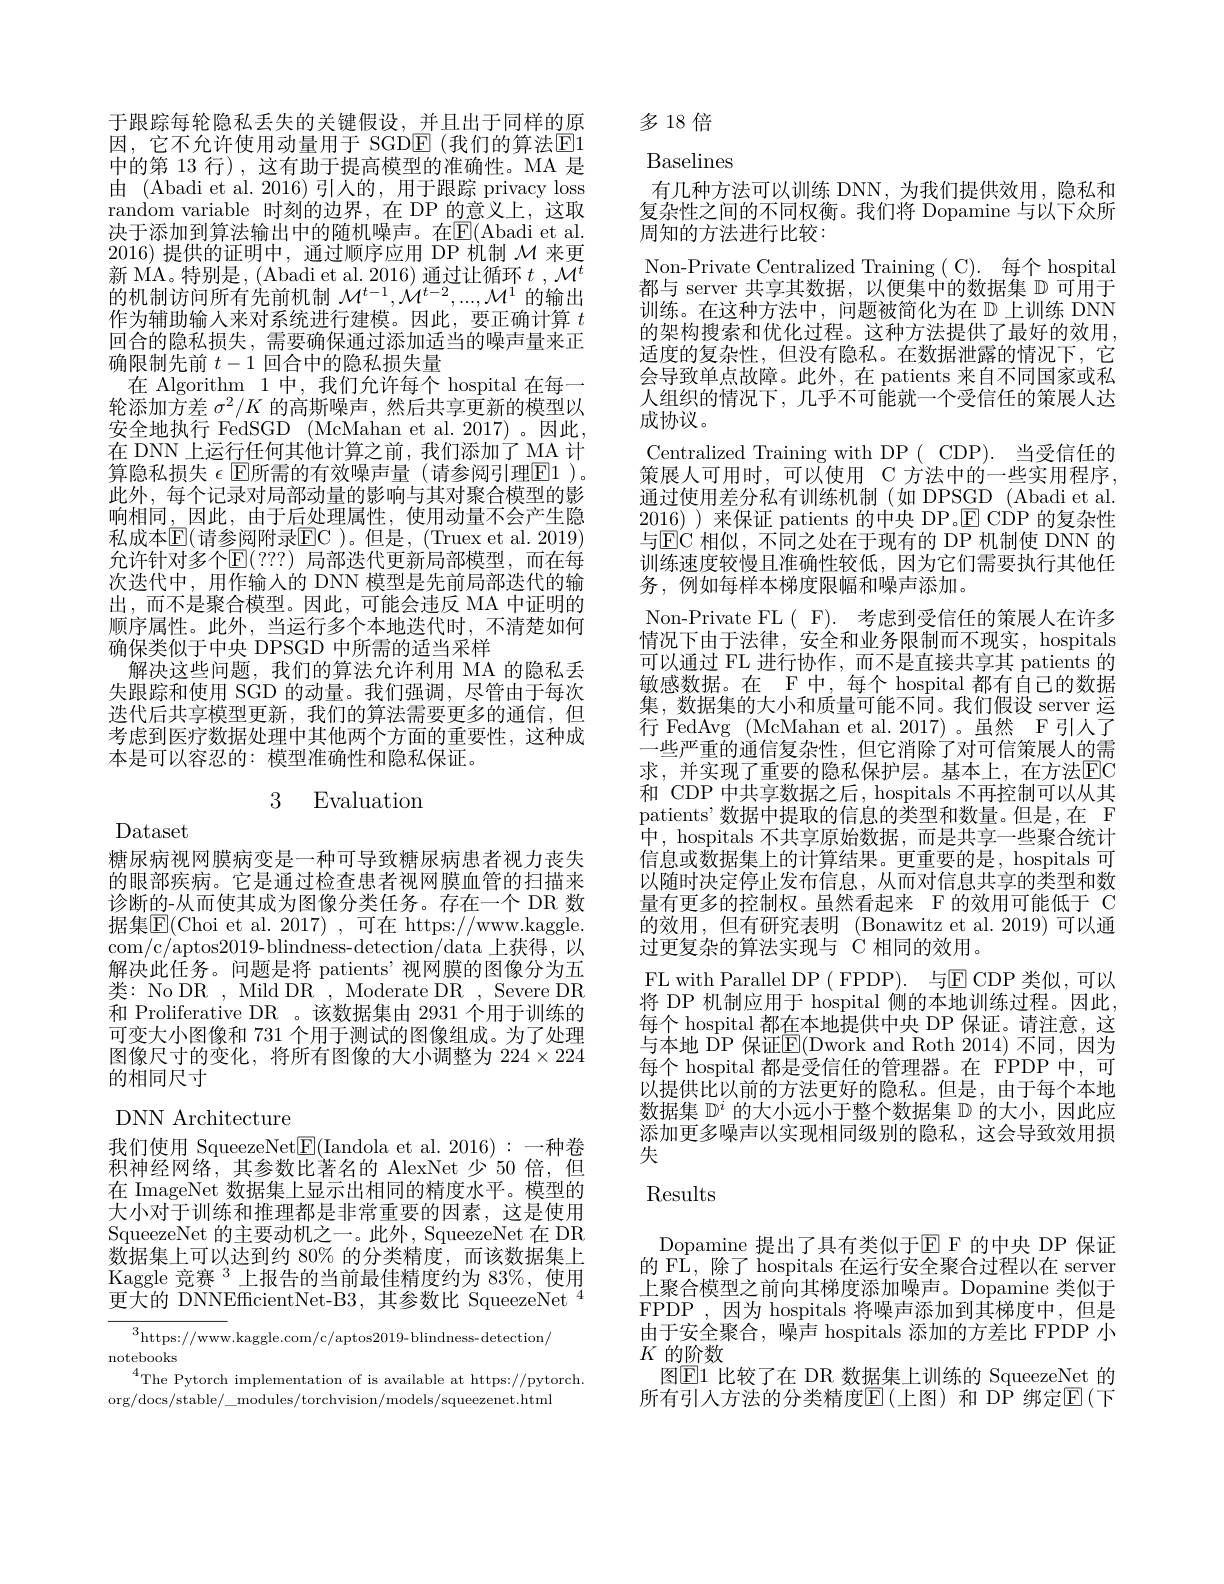
于跟踪每轮隐私丢失的关键假设，并且出于同样的原因，它不允许使用动量用于 SGDE(我们的算法$\boxed{\mathrm{E}}1$ 中的第 13 行),这有助于提高模型的准确性。MA 是由 (Abadi et al. 2016)引人的，用于跟踪 privacy loss random variable 时刻的边界，在 DP 的意义上，这取决于添加到算法输出中的随机噪声。在E(Abadi et al. 2016)提供的证明中，通过顺序应用 DP 机制$\mathcal{M}$来更新 MA。特别是，(Abadi et al. 2016) 通过让循环$t$ $, \mathcal{M} ^t$ 的机制访问所有先前机制$\mathcal{M}^t-1,\mathcal{M}^{t-2},...,\mathcal{M}^1$的输出作为辅助输人来对系统进行建模。因此，要正确计算$t$ 回合的隐私损失，需要确保通过添加适当的噪声量来正确限制先前$t-1$回合中的隐私损失量
在 Algorithm 1 中，我们允许每个 hospital 在每一$\bar{\text{轮添加方差 }\sigma^2/K\text{ 的高斯噪声 },\text{然后共享更新的模型以}}$ 安全地执行 FedSGD (McMahan et al. 2017)。因此， 在 DNN 上运行任何其他计算之前，我们添加了 MA 计算隐私损失 $\epsilon$ E所需的有效噪声量(请参阅引理$\boxed{\mathrm{E}}1).$ 此外，每个记录对局部动量的影响与其对聚合模型的影响相同，因此，由于后处理属性，使用动量不会产生隐私成本$\mathbb{E}($请参阅附录$\mathbb{E}$C )。但是，(Truex et al. 2019) 允许针对多个$\operatorname{E}(???)$ 局部迭代更新局部模型，而在每次迭代中，用作输入的 DNN 模型是先前局部迭代的输出，而不是聚合模型。因此，可能会违反 MA 中证明的顺序属性。此外，当运行多个本地迭代时，不清楚如何确保类似于中央 DPSGD 中所需的适当采样
解决这些问题，我们的算法允许利用 MA 的隐私丢失跟踪和使用 SGD 的动量。我们强调，尽管由于每次迭代后共享模型更新，我们的算法需要更多的通信，但考虑到医疗数据处理中其他两个方面的重要性，这种成本是可以容忍的：模型准确性和隐私保证。

# 3 Evaluation

Dataset

糖尿病视网膜病变是一种可导致糖尿病患者视力丧失的眼部疾病。它是通过检查患者视网膜血管的扫描来诊断的-从而使其成为图像分类任务。存在一个 DR 数据集$\overline{\mathrm{E}}($Choi et al. 2017),可在 https://www.kaggle. com/c/aptos2019-blindness-detection/data 上获得，以解决此任务。问题是将 patients’视网膜的图像分为五类：No DR , Mild DR , Moderate DR , Severe DR 和 Proliferative DR 。该数据集由 2931 个用于训练的可变大小图像和 731 个用于测试的图像组成。为了处理图像尺寸的变化，将所有图像的大小调整为$224\times224$ 的相同尺寸

DNN Architecture
我们使用 SqueezeNet$\boxed{\mathrm{E}}($Iandola et al.2016):一种卷积神经网络，其参数比著名的 AlexNet 少 50 倍，但在 ImageNet 数据集上显示出相同的精度水平。模型的大小对于训练和推理都是非常重要的因素，这是使用SqueezeNet 的主要动机之一。此外，SqueezeNet 在 DR 数据集上可以达到约 80% 的分类精度，而该数据集上Kaggle 竞赛 $^3$上报告的当前最佳精度约为 83%, 使用更大的 DNNEfficientNet-B3,其参数比 SqueezeNet $^{4}$

$^{3}$https://www.kaggle.com/c/aptos2019-blindness-detection/
notebooks
$^{4}$The Pytorch implementation of is available at https://pytorch.
org/docs/stable/\_modules/torchvision/models/squeezenet.html

多18倍

Baselines
有几种方法可以训练 DNN,为我们提供效用，隐私和复杂性之间的不同权衡。我们将 Dopamine 与以下众所周知的方法进行比较：
Non-Private Centralized Training ( C). 每个 hospital 都与 server 共享其数据，以便集中的数据集$\mathbb{D}$可用于训练。在这种方法中，问题被简化为在$\mathbb{D}$上训练 DNN 的架构搜索和优化过程。这种方法提供了最好的效用， 适度的复杂性，但没有隐私。在数据泄露的情况下，它会导致单点故障。此外，在 patients 来自不同国家或私人组织的情况下，几乎不可能就一个受信任的策展人达成协议。
Centralized Training with DP( CDP). 当受信任的策展人可用时，可以使用 C 方法中的一些实用程序， 通过使用差分私有训练机制(如 DPSGD (Abadi et al. $20\underline{16}$)来保证 patients 的中央 DP。$\boxed{\mathrm{E}}$ CDP 的复杂性与$\operatorname{EC}$ 相似，不同之处在于现有的 DP 机制使 DNN 的训练速度较慢且准确性较低，因为它们需要执行其他任务，例如每样本梯度限幅和噪声添加。
Non-Private FL( F). 考虑到受信任的策展人在许多情况下由于法律，安全和业务限制而不现实，hospitals 可以通过 FL 进行协作，而不是直接共享其 patients 的敏感数据。在 F 中，每个 hospital 都有自己的数据集，数据集的大小和质量可能不同。我们假设 server 运行 FedAvg (McMahan et al.2017)。虽然 F引入了一些严重的通信复杂性，但它消除了对可信策展人的需求，并实现了重要的隐私保护层。基本上，在方法$\boxed{\mathrm{EC}}$ 和 CDP 中共享数据之后，hospitals 不再控制可以从其patients’数据中提取的信息的类型和数量。但是，在 F 中，hospitals 不共享原始数据，而是共享一些聚合统计信息或数据集上的计算结果。更重要的是，hospitals 可以随时决定停止发布信息，从而对信息共享的类型和数量有更多的控制权。虽然看起来 F 的效用可能低于 C 的效用，但有研究表明 (Bonawitz et al.2019)可以通过更复杂的算法实现与$\dot{\mathbb{C}}$相同的效用。
FL with Parallel DP ( FPDP). $与 ▣ ECDP$类似，可以将 DP 机制应用于 hospital 侧的本地训练过程。因此， 每个 hospital 都在本地提供中央 DP 保证。请注意，这与本地 DP 保证$\underline{\mathrm{E}}($Dwork and Roth 2014) 不同，因为每个 hospital 都是受信任的管理器。在 FPDP 中，可以提供比以前的方法更好的隐私。但是，由于每个本地数据集$\mathbb{D}^i$的大小远小于整个数据集$\mathbb{D}$的大小，因此应添加更多噪声以实现相同级别的隐私，这会导致效用损失
$\operatorname{Results}$

Dopamine 提出了具有类似于$\boxed{\mathrm{E}}$ F 的中央 DP 保证的 FL, 除了 hospitals 在运行安全聚合过程以在 server 上聚合模型之前向其梯度添加噪声。Dopamine 类似于FPDP ,因为 hospitals 将噪声添加到其梯度中，但是由于安全聚合，噪声 hospitals 添加的方差比 FPDP 小$K$的阶数
图$\boxed{\mathrm{E}}1$ 比较了在 DR 数据集上训练的 SqueezeNet 的所有引入方法的分类精度$\mathbb{E}($上图)和 和 DP 绑定$\mathbb{E}($下